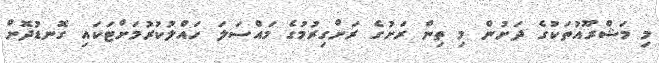
މި މަޝްރޫއުތަކުގެ ދަށުން މި ތިން ރަށުގެ ރަށްގިރުމުގެ މައްސަލަ ހައްލުކުރުމަށްޓަކައި ގޮނޑުދޮށް